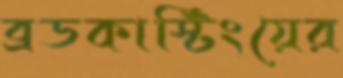
ব্রডকাস্টিংয়ের